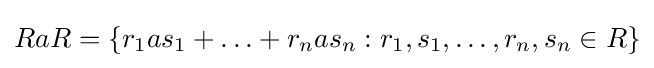
RaR=\{r_{1}as_{1}+\ldots +r_{n}as_{n}:r_{1},s_{1},\ldots ,r_{n},s_{n}\in R\}